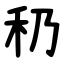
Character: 䄧